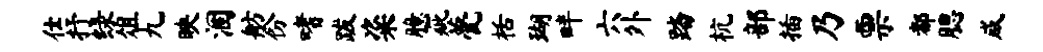
仕抒绿俎九映涸舫份嗜跋粢臆疵甍栝瑚畔六外踏杭部插乃票都腮咸